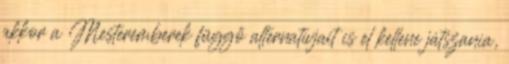
akkor a Mesteremberek függő alternatívjait is el kellene játszania,